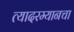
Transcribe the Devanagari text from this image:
त्यादरम्यानचा